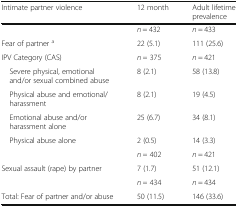
<table><thead><tr><td><b>Intimate partner violence</b></td><td><b>12 month</b></td><td><b>Adult lifetime prevalence</b></td></tr></thead><tbody><tr><td>[EMPTY_CELL]</td><td><i>n</i> = 432</td><td><i>n</i> = 433</td></tr><tr><td>Fear of partner <sup>a</sup></td><td>22 (5.1)</td><td>111 (25.6)</td></tr><tr><td>IPV Category (CAS)</td><td><i>n =</i> 375</td><td><i>n</i> = 421</td></tr><tr><td> Severe physical, emotional and/or sexual combined abuse</td><td>8 (2.1)</td><td>58 (13.8)</td></tr><tr><td> Physical abuse and emotional/harassment</td><td>8 (2.1)</td><td>19 (4.5)</td></tr><tr><td> Emotional abuse and/or harassment alone</td><td>25 (6.7)</td><td>34 (8.1)</td></tr><tr><td> Physical abuse alone</td><td>2 (0.5)</td><td>14 (3.3)</td></tr><tr><td>[EMPTY_CELL]</td><td><i>n =</i> 402</td><td><i>n</i> = 421</td></tr><tr><td>Sexual assault (rape) by partner</td><td>7 (1.7)</td><td>51 (12.1)</td></tr><tr><td>[EMPTY_CELL]</td><td><i>n =</i> 434</td><td><i>n</i> = 434</td></tr><tr><td>Total: Fear of partner and/or abuse</td><td>50 (11.5)</td><td>146 (33.6)</td></tr></tbody></table>